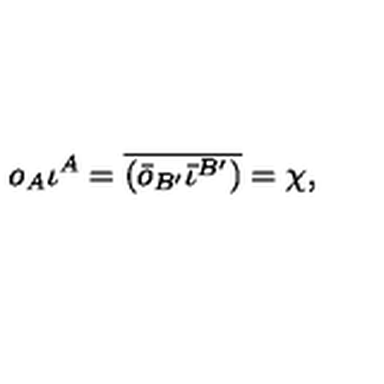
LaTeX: o _ { A } \iota ^ { A } = \overline { { ( \bar { o } _ { B ^ { \prime } } \bar { \iota } ^ { B ^ { \prime } } ) } } = \chi ,